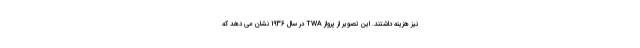
نیز هزینه داشتند. این تصویر از پرواز TWA در سال 1936 نشان می دهد که